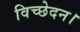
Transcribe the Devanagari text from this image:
विच्छेदन।